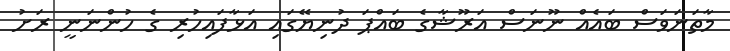
މާތަނަވަސް ބައެއް ނޫނަސް އަރޫޝާގެ ބައްޕަ ދުނިޔޭގައި އަޅާފައިހުރި ގެ ހުންނަނީ ރަށު